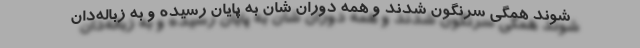
شوند همگی سرنگون شدند و همه دوران شان به پایان رسیده و به زباله‌دان